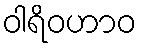
ဝါရိဝဟာဝ